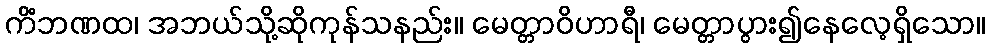
ကိံဘဏထ၊ အဘယ်သို့ဆိုကုန်သနည်း။ မေတ္တာဝိဟာရီ၊ မေတ္တာပွား၍နေလေ့ရှိသော။